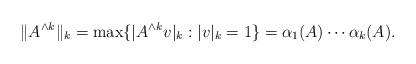
LaTeX: \begin{align*} \| A^{\wedge k} \|_k = \max\{ |A^{\wedge k}v|_k : |v|_k = 1 \} = \alpha_1(A) \cdots \alpha_k(A).\end{align*}